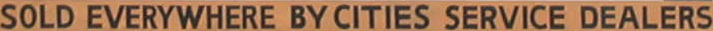
SOLD EVERYWHERE BY CITIES SERVICE DEALERS